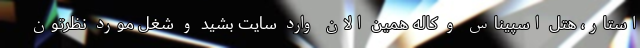
استار، هتل اسپیناس و کاله همین الان وارد سایت بشید و شغل مورد نظرتون